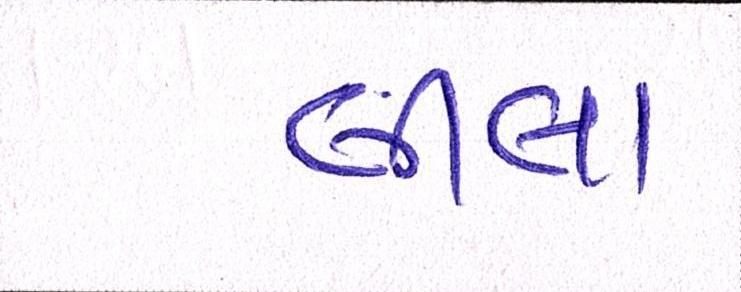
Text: લીલા